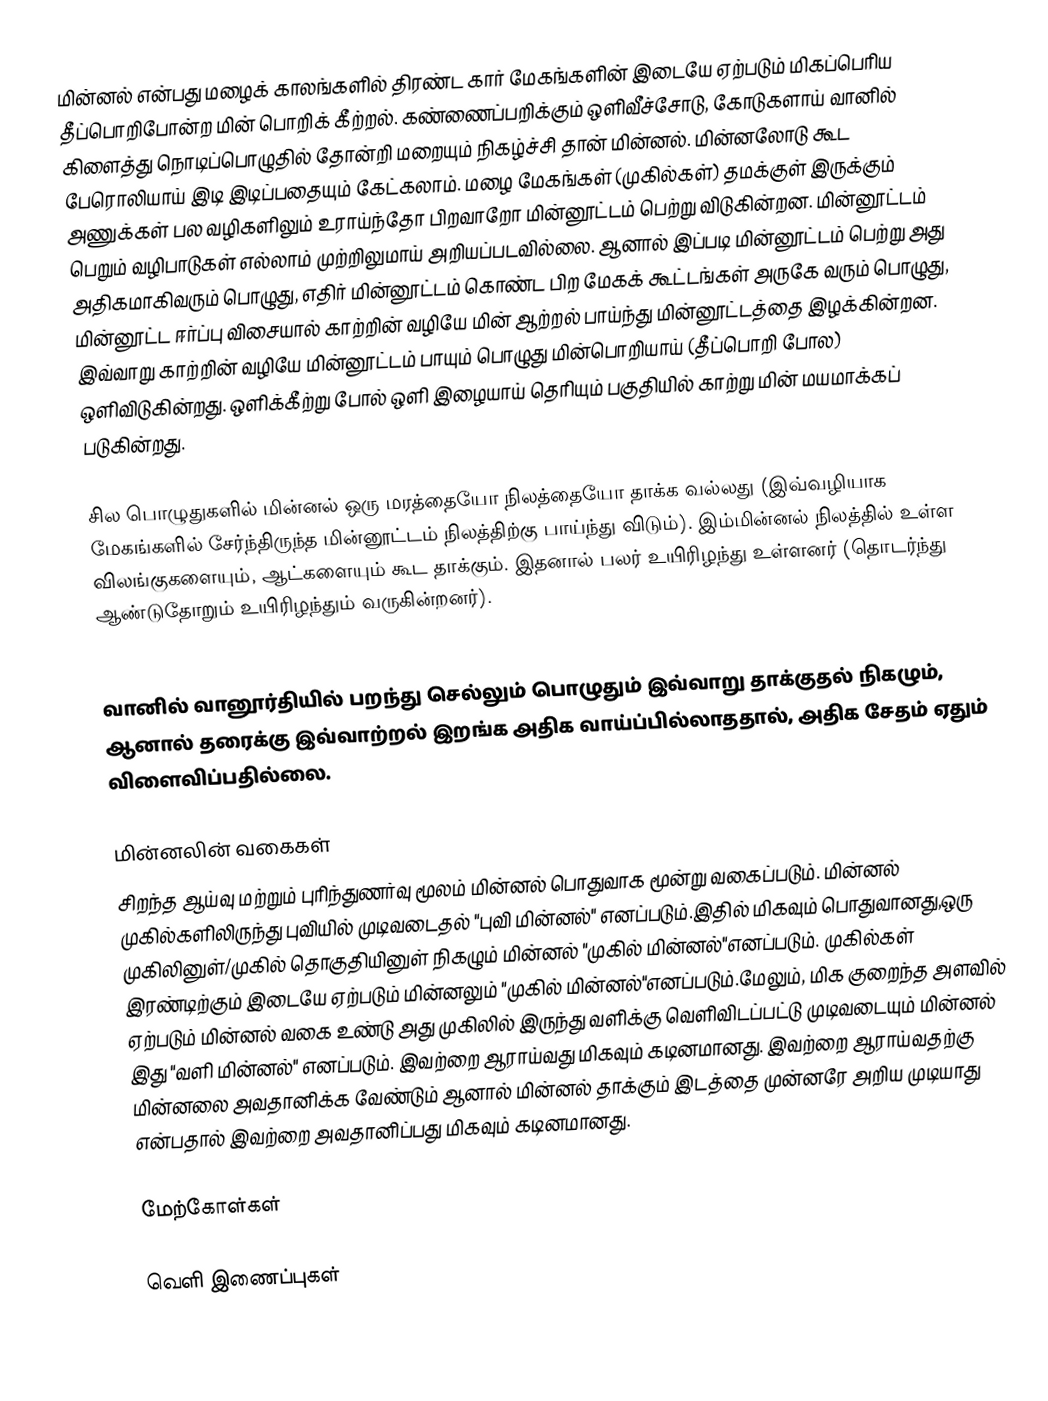
மின்னல் என்பது மழைக் காலங்களில் திரண்ட கார் மேகங்களின் இடையே ஏற்படும் மிகப்பெரிய தீப்பொறிபோன்ற மின் பொறிக் கீற்றல். கண்ணைப்பறிக்கும் ஒளிவீச்சோடு, கோடுகளாய் வானில் கிளைத்து நொடிப்பொழுதில் தோன்றி மறையும் நிகழ்ச்சி தான் மின்னல். மின்னலோடு கூட பேரொலியாய் இடி இடிப்பதையும் கேட்கலாம். மழை மேகங்கள் (முகில்கள்) தமக்குள் இருக்கும் அணுக்கள் பல வழிகளிலும் உராய்ந்தோ பிறவாறோ மின்னூட்டம் பெற்று விடுகின்றன. மின்னூட்டம் பெறும் வழிபாடுகள் எல்லாம் முற்றிலுமாய் அறியப்படவில்லை. ஆனால் இப்படி மின்னூட்டம் பெற்று அது அதிகமாகிவரும் பொழுது, எதிர் மின்னூட்டம் கொண்ட பிற மேகக் கூட்டங்கள் அருகே வரும் பொழுது, மின்னூட்ட ஈர்ப்பு விசையால் காற்றின் வழியே மின் ஆற்றல் பாய்ந்து மின்னூட்டத்தை இழக்கின்றன. இவ்வாறு காற்றின் வழியே மின்னூட்டம் பாயும் பொழுது மின்பொறியாய் (தீப்பொறி போல) ஒளிவிடுகின்றது. ஒளிக்கீற்று போல் ஒளி இழையாய் தெரியும் பகுதியில் காற்று மின் மயமாக்கப் படுகின்றது.

சில பொழுதுகளில் மின்னல் ஒரு மரத்தையோ நிலத்தையோ தாக்க வல்லது (இவ்வழியாக மேகங்களில் சேர்ந்திருந்த மின்னூட்டம் நிலத்திற்கு பாய்ந்து விடும்). இம்மின்னல் நிலத்தில் உள்ள விலங்குகளையும், ஆட்களையும் கூட தாக்கும். இதனால் பலர் உயிரிழந்து உள்ளனர் (தொடர்ந்து ஆண்டுதோறும் உயிரிழந்தும் வருகின்றனர்).

வானில் வானூர்தியில் பறந்து செல்லும் பொழுதும் இவ்வாறு தாக்குதல் நிகழும், ஆனால் தரைக்கு இவ்வாற்றல் இறங்க அதிக வாய்ப்பில்லாததால், அதிக சேதம் ஏதும் விளைவிப்பதில்லை.

மின்னலின் வகைகள்
சிறந்த ஆய்வு மற்றும் புரிந்துணர்வு மூலம் மின்னல் பொதுவாக மூன்று வகைப்படும். மின்னல் முகில்களிலிருந்து புவியில் முடிவடைதல் "புவி மின்னல்" எனப்படும்.இதில் மிகவும் பொதுவானது,ஒரு முகிலினுள்/முகில் தொகுதியினுள் நிகழும் மின்னல் "முகில் மின்னல்"எனப்படும். முகில்கள் இரண்டிற்கும் இடையே ஏற்படும் மின்னலும் "முகில் மின்னல்"எனப்படும்.மேலும், மிக குறைந்த அளவில் ஏற்படும் மின்னல் வகை உண்டு அது முகிலில் இருந்து வளிக்கு வெளிவிடப்பட்டு முடிவடையும் மின்னல் இது "வளி மின்னல்" எனப்படும். இவற்றை ஆராய்வது மிகவும் கடினமானது. இவற்றை ஆராய்வதற்கு மின்னலை அவதானிக்க வேண்டும் ஆனால் மின்னல் தாக்கும் இடத்தை முன்னரே அறிய முடியாது என்பதால் இவற்றை அவதானிப்பது மிகவும் கடினமானது.

மேற்கோள்கள்

வெளி இணைப்புகள்